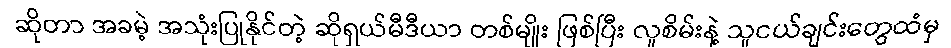
ဆိုတာ အခမဲ့ အသုံးပြုနိုင်တဲ့ ဆိုရှယ်မီဒီယာ တစ်မျိုး ဖြစ်ပြီး လူစိမ်းနဲ့ သူငယ်ချင်းတွေထံမှ